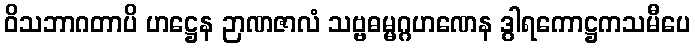
ဝိသဘာဂတာပိ ဟဋ္ဌေန ဉာဏဇာလံ သဗ္ဗဓမ္မဂ္ဂဟဏေန ဒွါရကောဋ္ဌကသမီပေ